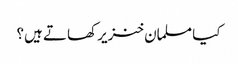
کیا مسلمان خنزیر کھاتے ہیں؟